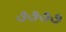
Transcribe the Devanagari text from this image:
७७७७